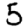
Digit: 5